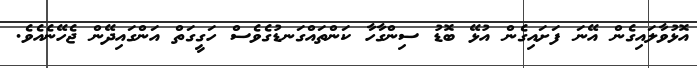
އޮޅުވާލައިގެން އޭނަ ފަށައިގެން އުޅޭ ބޮޑު ސިންގާހާ ކަންތައްގަނޑުގެވެސް ހަގީގަތް އަންގައިދޭން ޖެހޭނެއެވެ.